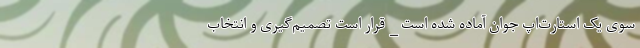
سوی یک استارت‌اپ جوان آماده شده است _ قرار است تصمیم‌گیری و انتخاب